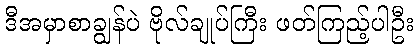
ဒီအမှာစာချွန်ပဲ ဗိုလ်ချုပ်ကြီး ဖတ်ကြည့်ပါဦး